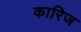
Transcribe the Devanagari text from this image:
कारिज